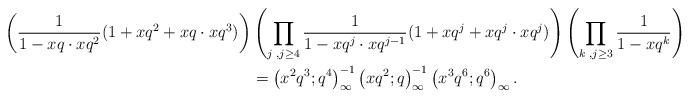
LaTeX: \begin{align*}\left( \dfrac{1}{1-xq\cdot xq^2}(1 + xq^2 + xq\cdot xq^3) \right)&\left(\prod\limits_{j\,\,, j\geq 4}\dfrac{1}{1-xq^j\cdot xq^{j-1}}(1+xq^j + xq^j\cdot xq^j)\right)\left(\prod\limits_{k\,\,, j\geq 3}\dfrac{1}{1-xq^k}\right)\\&=\left(x^2q^{3};q^4\right)_\infty^{-1}\left(xq^2;q \right)_\infty^{-1}\left(x^3q^6;q^6 \right)_\infty.\end{align*}